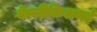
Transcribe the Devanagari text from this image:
वेल्लीकिलमई